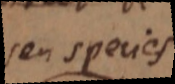
seu species